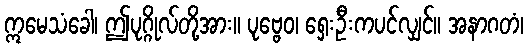
ဣမေသံခေါ၊ ဤပုဂ္ဂိုလ်တို့အား။ ပုဗ္ဗေဝ၊ ရှေးဦးကပင်လျှင်။ အနာဂတံ၊